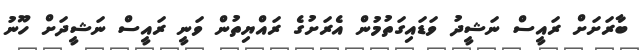
ބާރަށަށް ރައީސް ނަޝީދު ވަޑައިގަތުމުން އެރަށުގެ ރައްޔިތުން ވަނީ ރައީސް ނަޝީދަށް ހޫނު